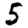
Digit: 5